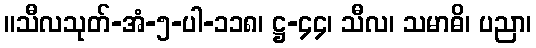
။သီလသုတ်-အံ-၅-ပါ-၁၁၈၊ ဋ္ဌ-၄၄၊ သီလ၊ သမာဓိ၊ ပညာ၊